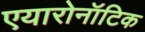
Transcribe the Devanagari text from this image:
एयारोनॉटिक